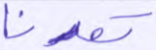
تعدنا